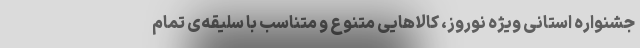
جشنواره استانی ویژه نوروز، کالاهایی متنوع و متناسب با سلیقه‌ی تمام